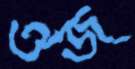
ঔজ্